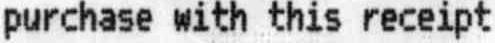
PURCHASE WITH THIS RECEIPT